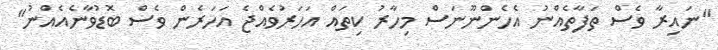
"ނައިރާ ވެސް ތަފާތެއްނު އެހެންނޫނަސް މިހާރު ކިތައް އަހަރުވެއްޖެ އަހަރެން ވެސް ބޮޑުވާނެއެއްނު"